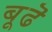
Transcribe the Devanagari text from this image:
बूढॆ